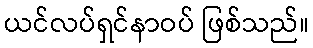
ယင်လပ်ရှင်နာဝပ် ဖြစ်သည်။